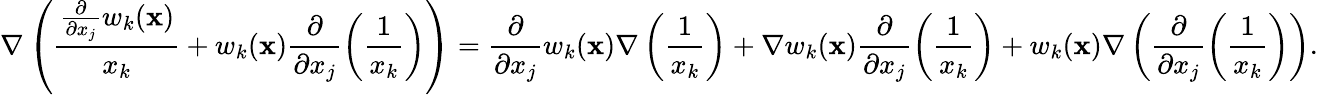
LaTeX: \nabla\left(\frac{\frac{\partial}{\partial x_{j}}w_{k}(\mathbf x)}{x_{k}}+w_{k}(\mathbf x)\frac{\partial}{\partial x_{j}}\left(\frac{1}{x_{k}}\right)\right)=\frac{\partial}{\partial x_{j}}w_{k}(\mathbf x)\nabla\left(\frac{1}{x_{k}}\right)+\nabla w_{k}(\mathbf x)\frac{\partial}{\partial x_{j}}\left(\frac{1}{x_{k}}\right)+w_{k}(\mathbf x)\nabla\left(\frac{\partial}{\partial x_{j}}\left(\frac{1}{x_{k}}\right)\right).